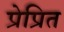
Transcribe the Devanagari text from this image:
प्रेप्रित